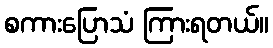
စကားပြောသံ ကြားရတယ်။